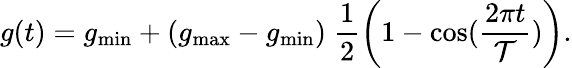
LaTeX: g(t)=g_{\operatorname*{min}}+(g_{\operatorname*{max}}-g_{\operatorname*{min}})\; \frac{1}{2}\left(1-\cos(\frac{2\pi t}{\mathcal T})\right).